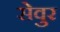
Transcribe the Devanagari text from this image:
सेवुर